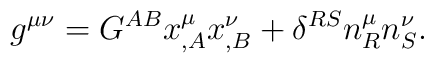
g^{\mu\nu}=G^{AB}x^\mu_{,A} x^\nu_{,B}+\delta^{RS}n^\mu_R n^\nu_S.